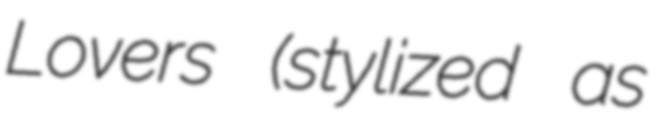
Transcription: Lovers (stylized as